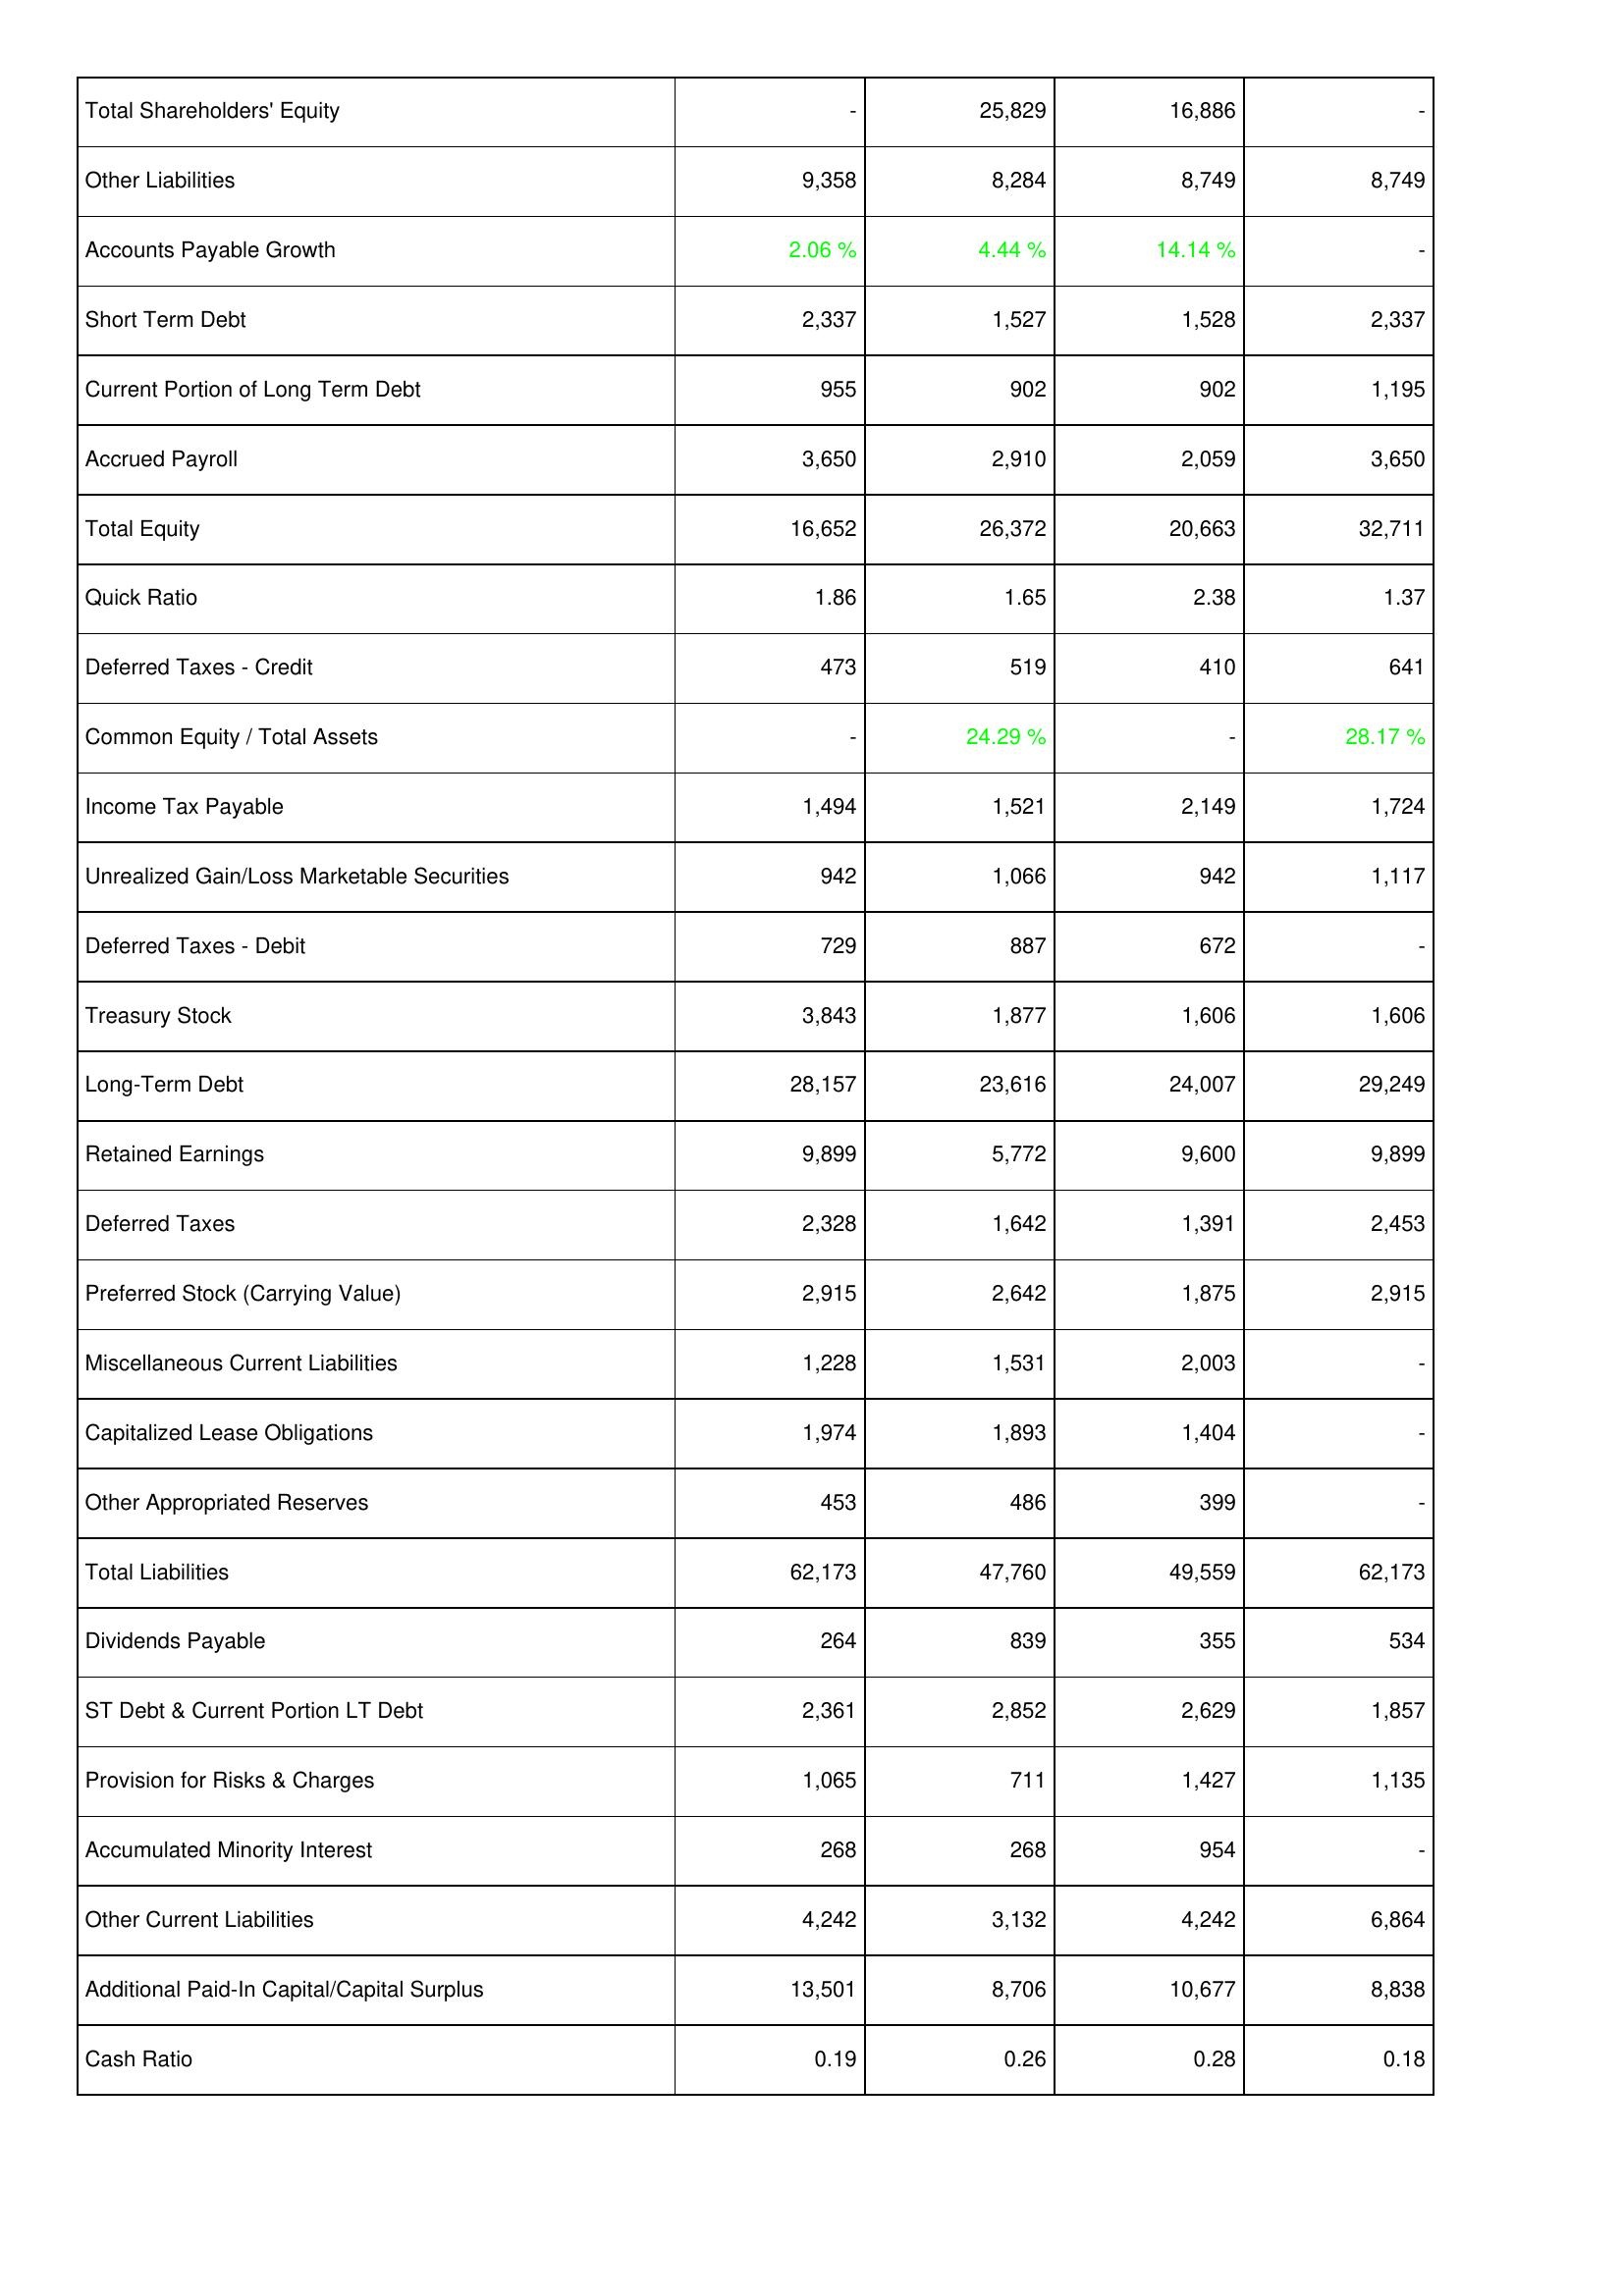
2012: Liabilities & Shareholders' Equity: Total Shareholders' Equity: -
Other Liabilities: 9,358
Accounts Payable Growth: 2.06 %
Short Term Debt: 2,337
Current Portion of Long Term Debt: 955
Accrued Payroll: 3,650
Total Equity: 16,652
Quick Ratio: 1.86
Deferred Taxes - Credit: 473
Common Equity / Total Assets: -
Income Tax Payable: 1,494
Unrealized Gain/Loss Marketable Securities: 942
Deferred Taxes - Debit: 729
Treasury Stock: 3,843
Long-Term Debt: 28,157
Retained Earnings: 9,899
Deferred Taxes: 2,328
Preferred Stock (Carrying Value): 2,915
Miscellaneous Current Liabilities: 1,228
Capitalized Lease Obligations: 1,974
Other Appropriated Reserves: 453
Total Liabilities: 62,173
Dividends Payable: 264
ST Debt & Current Portion LT Debt: 2,361
Provision for Risks & Charges: 1,065
Accumulated Minority Interest: 268
Other Current Liabilities: 4,242
Additional Paid-In Capital/Capital Surplus: 13,501
Cash Ratio: 0.19
2011: Liabilities & Shareholders' Equity: Total Shareholders' Equity: 25,829
Other Liabilities: 8,284
Accounts Payable Growth: 4.44 %
Short Term Debt: 1,527
Current Portion of Long Term Debt: 902
Accrued Payroll: 2,910
Total Equity: 26,372
Quick Ratio: 1.65
Deferred Taxes - Credit: 519
Common Equity / Total Assets: 24.29 %
Income Tax Payable: 1,521
Unrealized Gain/Loss Marketable Securities: 1,066
Deferred Taxes - Debit: 887
Treasury Stock: 1,877
Long-Term Debt: 23,616
Retained Earnings: 5,772
Deferred Taxes: 1,642
Preferred Stock (Carrying Value): 2,642
Miscellaneous Current Liabilities: 1,531
Capitalized Lease Obligations: 1,893
Other Appropriated Reserves: 486
Total Liabilities: 47,760
Dividends Payable: 839
ST Debt & Current Portion LT Debt: 2,852
Provision for Risks & Charges: 711
Accumulated Minority Interest: 268
Other Current Liabilities: 3,132
Additional Paid-In Capital/Capital Surplus: 8,706
Cash Ratio: 0.26
2010: Liabilities & Shareholders' Equity: Total Shareholders' Equity: 16,886
Other Liabilities: 8,749
Accounts Payable Growth: 14.14 %
Short Term Debt: 1,528
Current Portion of Long Term Debt: 902
Accrued Payroll: 2,059
Total Equity: 20,663
Quick Ratio: 2.38
Deferred Taxes - Credit: 410
Common Equity / Total Assets: -
Income Tax Payable: 2,149
Unrealized Gain/Loss Marketable Securities: 942
Deferred Taxes - Debit: 672
Treasury Stock: 1,606
Long-Term Debt: 24,007
Retained Earnings: 9,600
Deferred Taxes: 1,391
Preferred Stock (Carrying Value): 1,875
Miscellaneous Current Liabilities: 2,003
Capitalized Lease Obligations: 1,404
Other Appropriated Reserves: 399
Total Liabilities: 49,559
Dividends Payable: 355
ST Debt & Current Portion LT Debt: 2,629
Provision for Risks & Charges: 1,427
Accumulated Minority Interest: 954
Other Current Liabilities: 4,242
Additional Paid-In Capital/Capital Surplus: 10,677
Cash Ratio: 0.28
2009: Liabilities & Shareholders' Equity: Total Shareholders' Equity: -
Other Liabilities: 8,749
Accounts Payable Growth: -
Short Term Debt: 2,337
Current Portion of Long Term Debt: 1,195
Accrued Payroll: 3,650
Total Equity: 32,711
Quick Ratio: 1.37
Deferred Taxes - Credit: 641
Common Equity / Total Assets: 28.17 %
Income Tax Payable: 1,724
Unrealized Gain/Loss Marketable Securities: 1,117
Deferred Taxes - Debit: -
Treasury Stock: 1,606
Long-Term Debt: 29,249
Retained Earnings: 9,899
Deferred Taxes: 2,453
Preferred Stock (Carrying Value): 2,915
Miscellaneous Current Liabilities: -
Capitalized Lease Obligations: -
Other Appropriated Reserves: -
Total Liabilities: 62,173
Dividends Payable: 534
ST Debt & Current Portion LT Debt: 1,857
Provision for Risks & Charges: 1,135
Accumulated Minority Interest: -
Other Current Liabilities: 6,864
Additional Paid-In Capital/Capital Surplus: 8,838
Cash Ratio: 0.18